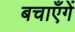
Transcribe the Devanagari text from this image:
बचाएँगें